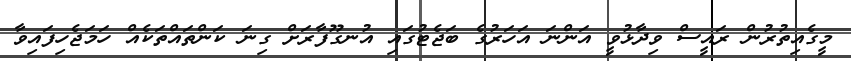
މީގެއިތުރުން ރައީސް ވިދާޅުވީ އަންނަ އަހަރުގެ ބަޖެޓުގައި އުނގޫފާރަށް ގިނަ ކަންތައްތަކެއް ހަމަޖެހިފައިވާ